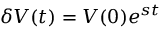
\delta V ( t ) = V ( 0 ) e ^ { s t }